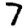
Digit: 7